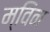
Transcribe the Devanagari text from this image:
म्विन